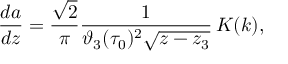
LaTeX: \frac { d a } { d z } = \frac { \sqrt { 2 } } { \pi } \frac { 1 } { \vartheta _ { 3 } ( \tau _ { 0 } ) ^ { 2 } \sqrt { z - z _ { 3 } } } \, K ( k ) ,